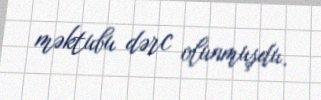
məktubu dərc olunmuşdu.